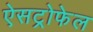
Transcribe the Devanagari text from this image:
ऐसट्रोफेल